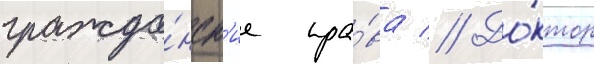
гражда́нск'ие пра́ва // До́ктор